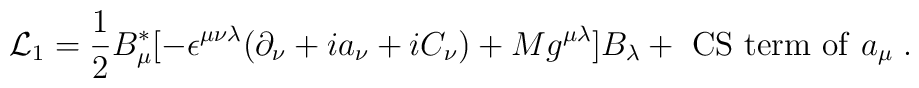
{\cal L}_1 =\frac{1}{2}B^*_{\mu}[-\epsilon^{\mu\nu\lambda}(\partial_\nu+ia_\nu+iC_\nu)+Mg^{\mu\lambda}]B_\lambda + {\rm ~CS~term~of}~a_\mu \;.